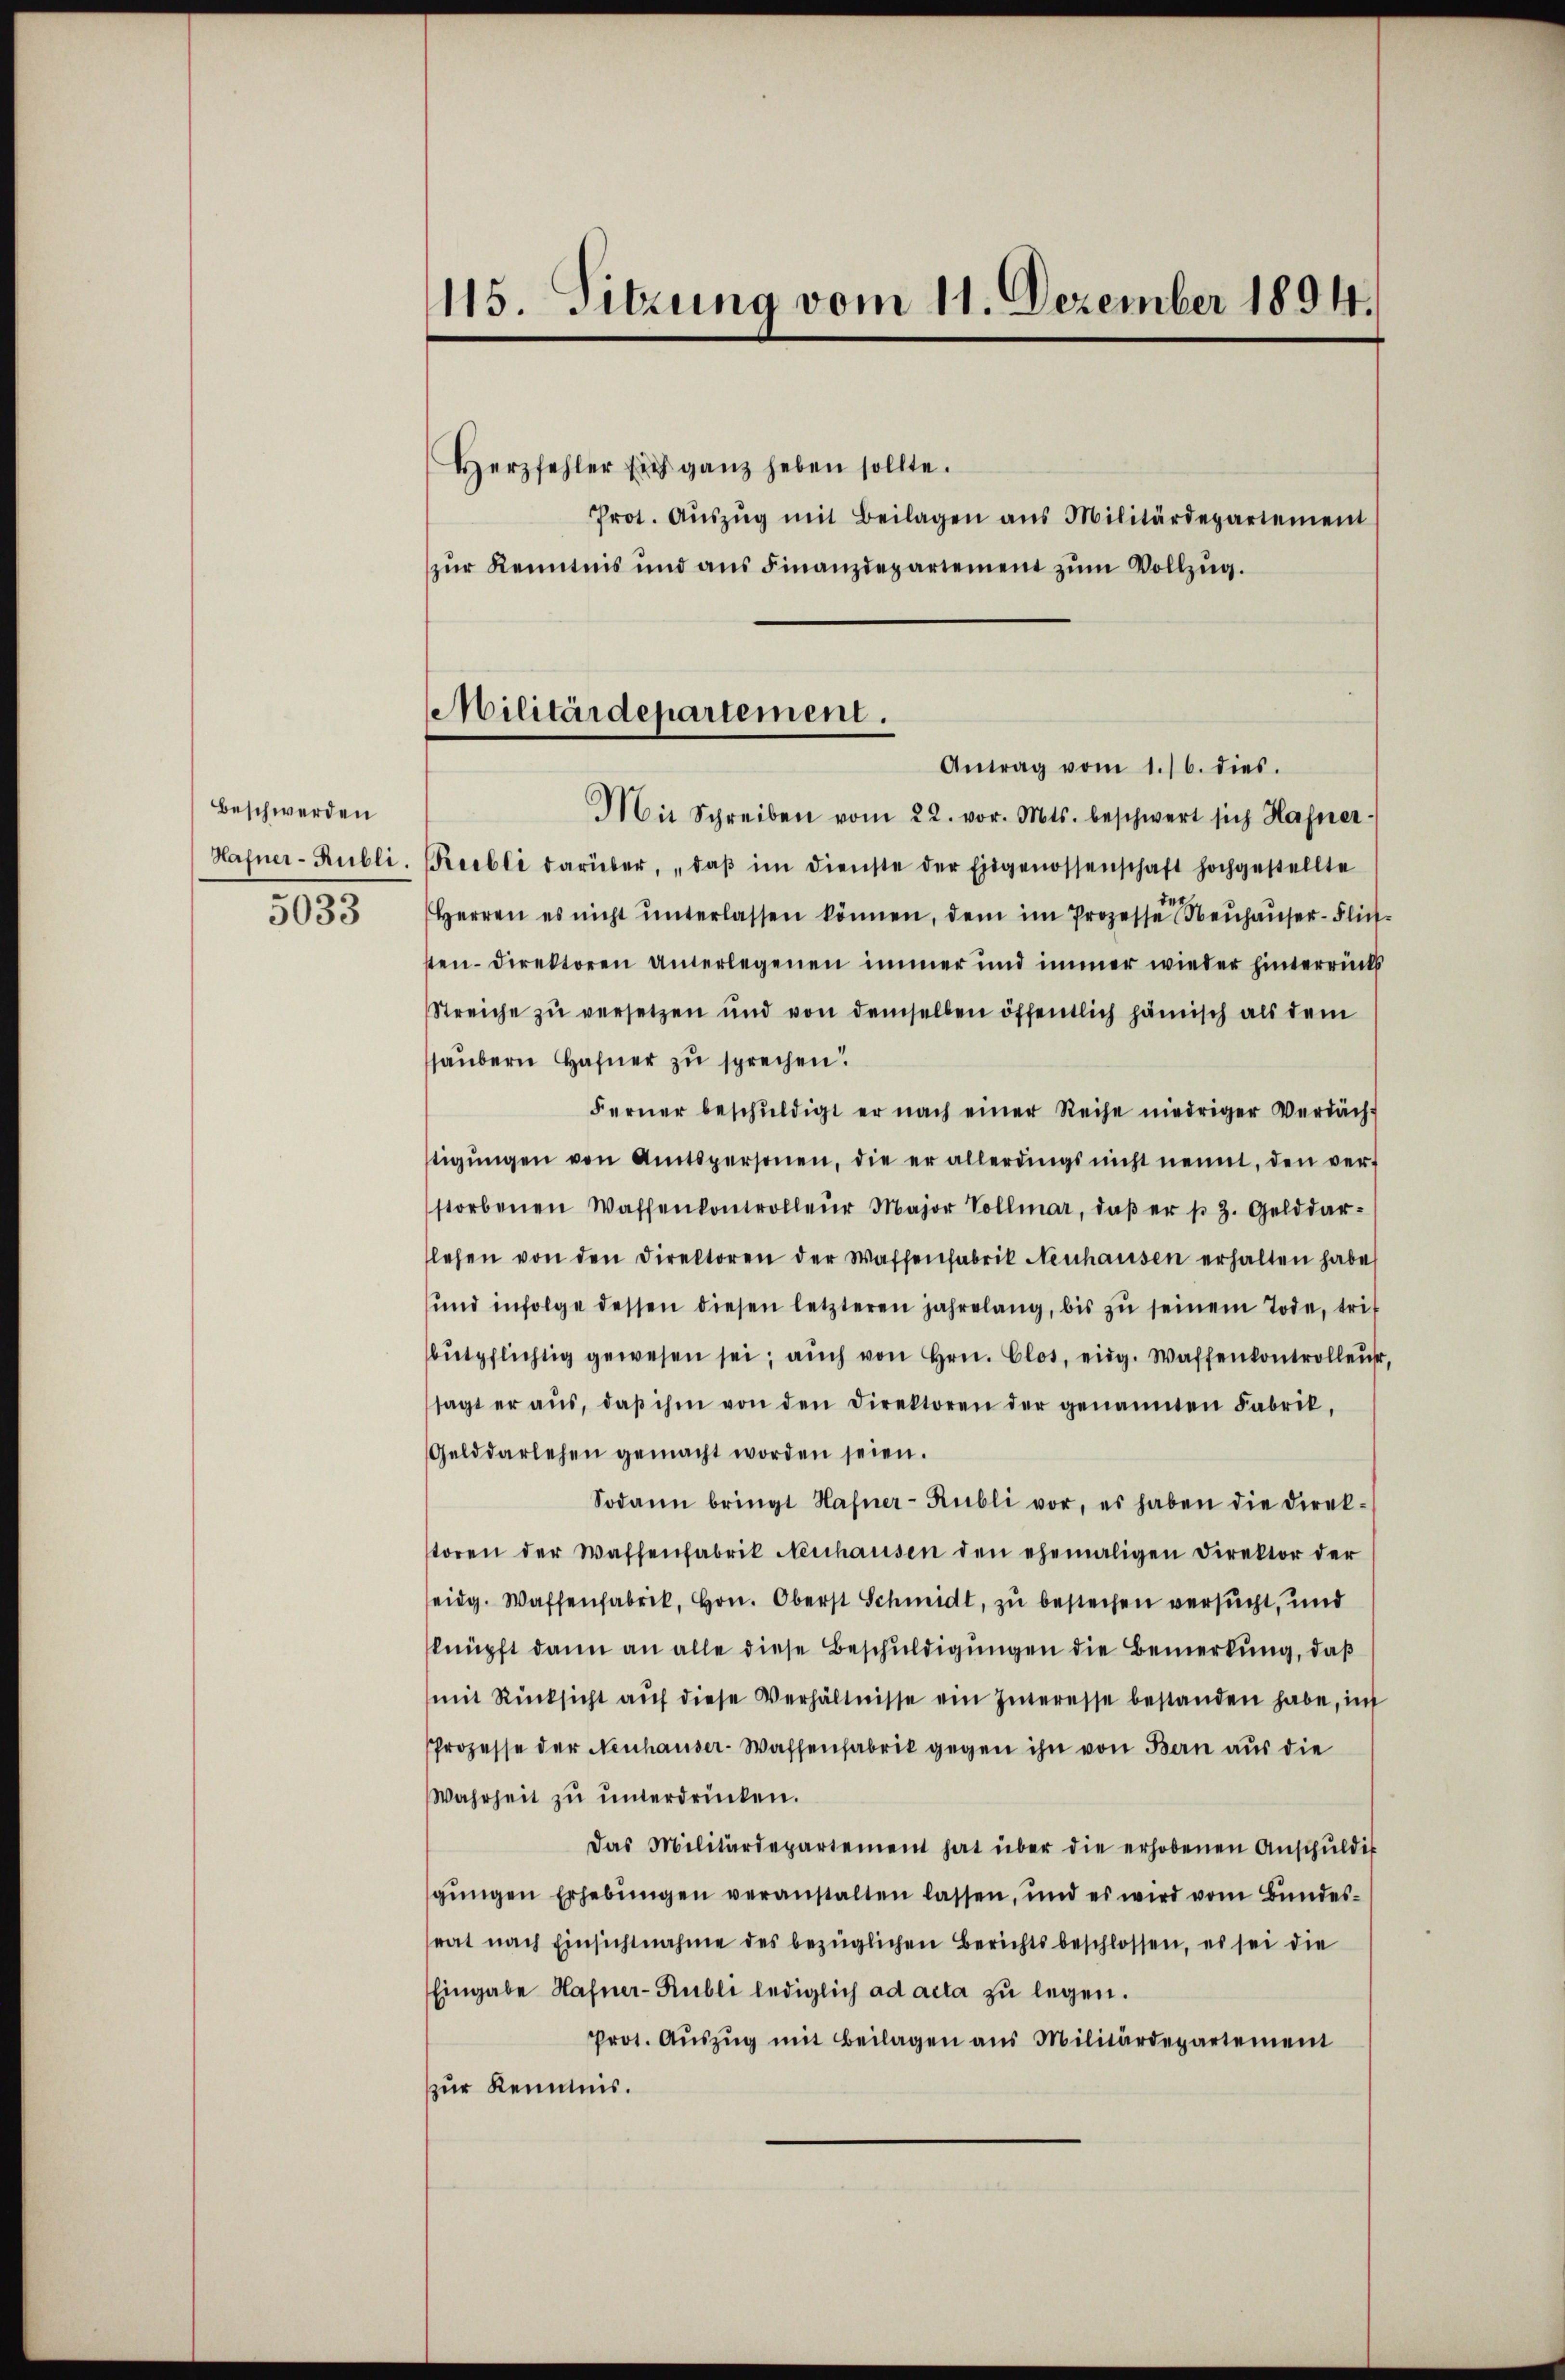
Beschwerden
5033

115. Sitzung vom 11. Dezember 1894.

Militärdepartement.
Antrag vom 1./6. dies.
Mit Schreiben vom 22. vor. Mts. beschwert sich Hafner

Herzfehler sich ganz heben sollte.
Prot. Aŭszŭg mit Beilagen ans Militärdepartement
zŭr Kenntnis und ans Finanzdepartement zŭm Vollzug.

Hahner-Rubli, Riebli darüber, daβ im dienste der Eidgenossenschaft hochgestellte
Herren es nicht ŭnterlassen können, dem im Prozesse Neuhauser-Flitsten- Direktoren unterlegenen immer und immer wieder hinterrücks
Streiche zu versetzen und von demselben öffentlich hämisch als dem
haubern Hafner zu sprechen.
Ferner beschŭldigt er nach einer Reihe niedriger Verdächt
tigŭngen von Amtspersonen, die er allerdings nicht nennt, den verf
storbenen Waffenkontrolleur Major Vollmar, daβ er p. 3. Gelddar-
lehen von den Direktoren der Waffenfabrik Neuhausen erhalten habe.
ŭnd infolge dessen diesen letzteren jahrelang, bis zŭ seinem Tode, trif
bŭtpflichtig gewesen sei; aŭch von Hrn. Clos, eidg. Waffenkontrollen,
sagt er aŭs, daβ ihm von den Direktoren der genannten Fabrik,
Gelddarlehen gemacht worden seien.
Sodann bringt Hafner-Rubli vor, es haben die Direktoren der Waffenfabrik Neuhausen den ehemaligen Direktor der
eidg. Waffenfabrik, Hrn. Oberst Schmidt, zu bestechen versucht, und
knüpft dann an alle diese Beschuldigungen die Bemerkung, daß
mit Rücksicht aŭf diese Verhältnisse ein Interesse bestanden habe, in
Prozesse der Neuhauser-Wassenfabrik gegen ihn von Bern aus die
Wahrheit zŭ ŭnterdrücken.
Das Militärdepartement hat über die erhobenen Anschŭldig
gŭngen Erhebungen veranstalten lassen, und es wird vom Bundesrat nach Einsichtnahme des bezüglichen Berichtsbeschlossen, es sei die
Eingabe Hafner-Rubli lediglich ad acta zu legen.
Prot. Aŭszŭg mit Beilagen aus Militärdepartement
zur Kenntnis.